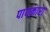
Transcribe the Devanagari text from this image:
पायकारा